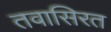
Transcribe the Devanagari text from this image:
तवासिरत